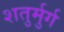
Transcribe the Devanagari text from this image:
शतुर्मुर्ग